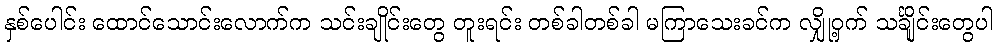
နှစ်ပေါင်း ထောင်သောင်းလောက်က သင်းချိုင်းတွေ တူးရင်း တစ်ခါတစ်ခါ မကြာသေးခင်က လျှို့ဝှက် သင်္ချိုင်းတွေပါ